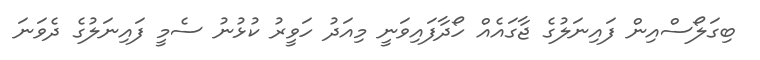
ބިގަލޯސްއިން ފައިނަލުގެ ޖާގައެއް ހޯދާފައިވަނީ މިއަދު ހަވީރު ކުޅުނު ސެމީ ފައިނަލުގެ ދެވަނަ